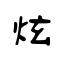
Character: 炫